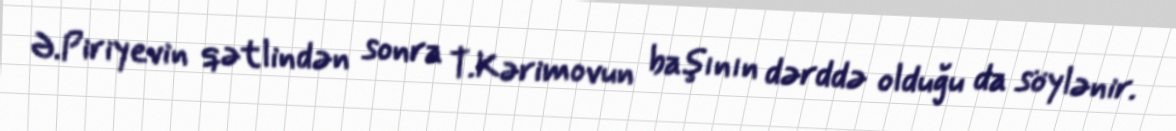
Ə.Piriyevin qətlindən sonra T.Kərimovun başının dərddə olduğu da söylənir.